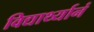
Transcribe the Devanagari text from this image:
विद्यार्थ्यानं